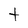
Character: t